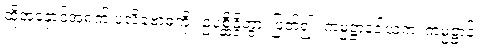
ထိုအနှောင့်အရှက် ပလိဗောဓကို။ ဥပစ္ဆိန္ဒိတွာ၊ ဖြတ်၍။ ကမ္မဋ္ဌာနဒါယကံ၊ ကမ္မဋ္ဌာန်း